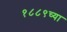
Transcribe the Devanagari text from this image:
१८८९च्या